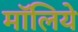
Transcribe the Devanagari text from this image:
मॉलिये